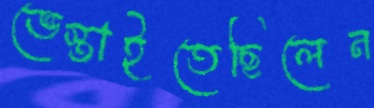
ভেস্তাইতেছিলেন